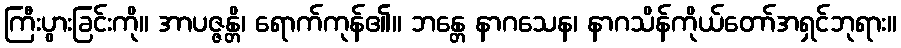
ကြီးပွားခြင်းကို။ အာပဇ္ဇန္တိ၊ ရောက်ကုန်၏။ ဘန္တေ နာဂသေန၊ နာဂသိန်ကိုယ်တော်အရှင်ဘုရား။